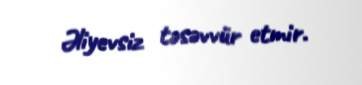
Əliyevsiz təsəvvür etmir.